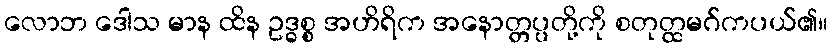
လောဘ ဒေါသ မာန ထိန ဥဒ္ဓစ္စ အဟိရိက အနောတ္တပ္ပတို့ကို စတုတ္ထမဂ်ကပယ်၏။